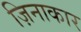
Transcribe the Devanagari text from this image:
ज़िनाकार